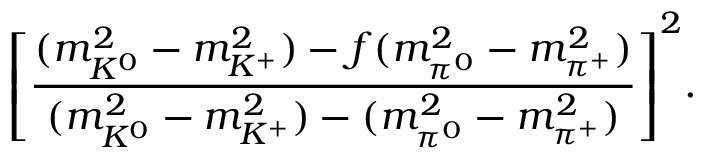
{ \left[ \frac { ( m _ { K ^ { 0 } } ^ { 2 } - m _ { K ^ { + } } ^ { 2 } ) - f ( m _ { \pi ^ { 0 } } ^ { 2 } - m _ { \pi ^ { + } } ^ { 2 } ) } { ( m _ { K ^ { 0 } } ^ { 2 } - m _ { K ^ { + } } ^ { 2 } ) - ( m _ { \pi ^ { 0 } } ^ { 2 } - m _ { \pi ^ { + } } ^ { 2 } ) } \right] } ^ { 2 } .